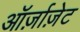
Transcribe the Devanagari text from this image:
ऑर्ज़ाज़ेट